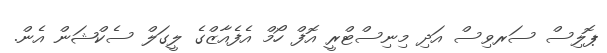
ޕޮލިސް ސަރވިސް އަދި މިނިސްޓްރީ އޮފް ހޯމް އެފެއާޒްގެ ލީގަލް ސެކްޝަން އެން.